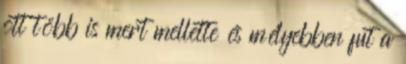
ott több is mert mellette és mélyebben fut a